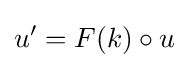
u'=F(k)\circ u